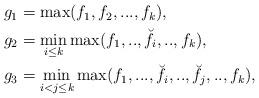
LaTeX: \begin{align*}\begin{aligned}g_1&=\max(f_1,f_2,...,f_k), \\g_2&=\min_{i\leq k} \max(f_1,..,\breve{f_i},..,f_k), \\g_3 & =\min_{i<j\leq k} \max(f_1,...,\breve{f_i},..,\breve{f_j},..,f_k),\end{aligned}\end{align*}